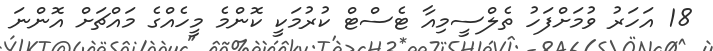
18 އަހަރު ވުމަށްފަހު ތެލްސީމިއާ ޓެސްޓް ކުރުމަކީ ކޮންމެ މީހެއްގެ މައްޗަށް އޮންނަ